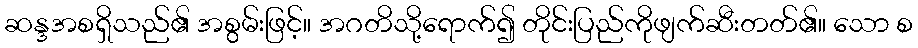
ဆန္ဒအစရှိသည်၏ အစွမ်းဖြင့်။ အဂတိသို့ရောက်၍ တိုင်းပြည်ကိုဖျက်ဆီးတတ်၏။ သော စ